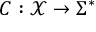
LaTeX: C : { \mathcal { X } } \rightarrow \Sigma ^ { * }